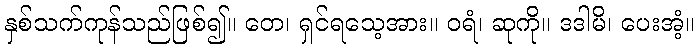
နှစ်သက်ကုန်သည်ဖြစ်၍။ တေ၊ ရှင်ရသေ့အား။ ဝရံ၊ ဆုကို။ ဒဒါမိ၊ ပေးအံ့။